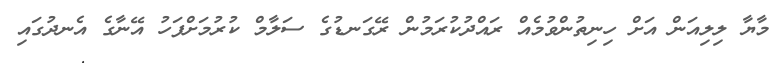
މާޔާ ލިިލިއަން އަށް ހިނިތުންވުމެއް ރައްދުކުރަމުން ރޭގަނޑުގެ ސަލާމް ކުރުމަށްފަހު އޭނާގެ އެނދުގައި